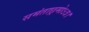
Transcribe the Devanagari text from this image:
समंताछ्रमोऽत्र।